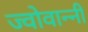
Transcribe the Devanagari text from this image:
ज्वोवान्नी